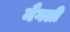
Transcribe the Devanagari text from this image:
मैगली